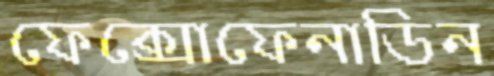
ফেক্সোফেনাডিন